Source: Handwritten
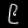
Digit: ၉ (9)